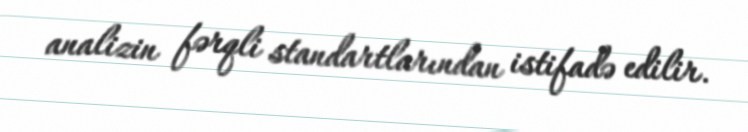
analizin fərqli standartlarından istifadə edilir.